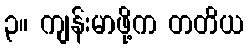
၃။ ကျန်းမာဖို့က တတိယ